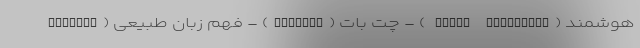
هوشمند (Smart Assistant ) - چت بات (ChatBot) - فهم زبان طبیعی (Natural